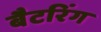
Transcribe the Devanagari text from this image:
बैटरिंग